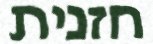
חזנית